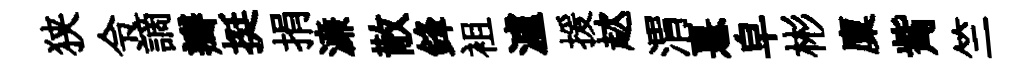
狭令謫瓣挺捐濓散鋒袓瀘援趑渭憙皁彬廩觜竺